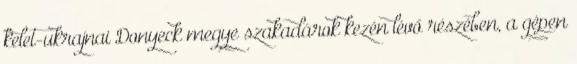
kelet-ukrajnai Donyeck megye szakadárok kezén lévő részében, a gépen